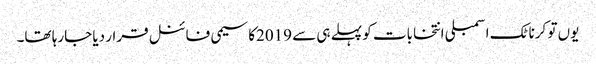
یوں تو کرناٹک اسمبلی انتخابات کو پہلے ہی سے 2019کا سیمی فائنل قرار دیا جارہا تھا۔